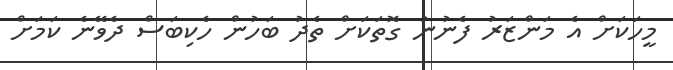
މީހަކަށް އެ މަންޒަރު ފެނުނު ގޮތަކަށް ތެދު ބަހުން ހެކިބަސް ދެވޭނެ ކަމަށް